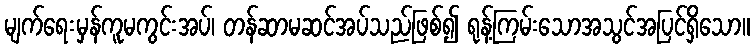
မျက်ရေးမှန်ကူမကွင်းအပ်၊ တန်ဆာမဆင်အပ်သည်ဖြစ်၍ ရုန့်ကြမ်းသောအသွင်အပြင်ရှိသော။